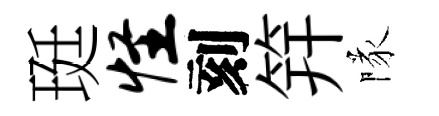
珽怪刻笄隊